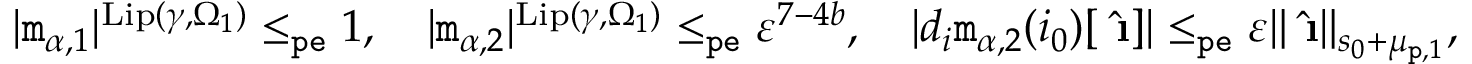
\begin{array} { r } { | \mathtt { m } _ { \alpha , 1 } | ^ { \mathrm { L i p } ( \gamma , \Omega _ { 1 } ) } \le _ { \mathtt { p e } } 1 , \quad | \mathtt { m } _ { \alpha , 2 } | ^ { \mathrm { L i p } ( \gamma , \Omega _ { 1 } ) } \le _ { \mathtt { p e } } \varepsilon ^ { 7 - 4 b } , \quad | d _ { i } \mathtt { m } _ { \alpha , 2 } ( i _ { 0 } ) [ \hat { \textbf { \i } } ] | \le _ { \mathtt { p e } } \varepsilon \rVert \hat { \textbf { \i } } \rVert _ { s _ { 0 } + \mu _ { \mathtt { p } , 1 } } , } \end{array}